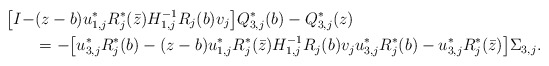
\begin{align*} \big[ I- & (z-b) u_{1,j}^*R_j^*(\bar z)H_{1,j}^{-1}R_j(b)v_j \big] Q_{3,j}^{*}(b)-Q_{3,j}^{*}(z)\\ &= - \big[ u_{3,j}^*R_j^*(b) - (z-b)u_{1,j}^*R_j^*(\bar z)H_{1,j}^{-1}R_j(b)v_j u_{3,j}^*R_j^*(b) -u_{3,j}^*R_j^*(\bar z) \big] \Sigma_{3,j}. \end{align*}